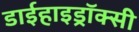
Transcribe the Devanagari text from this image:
डाईहाइड्रॉक्सी